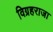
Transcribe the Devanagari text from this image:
विग्रहराजा